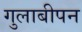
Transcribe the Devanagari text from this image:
गुलाबीपन